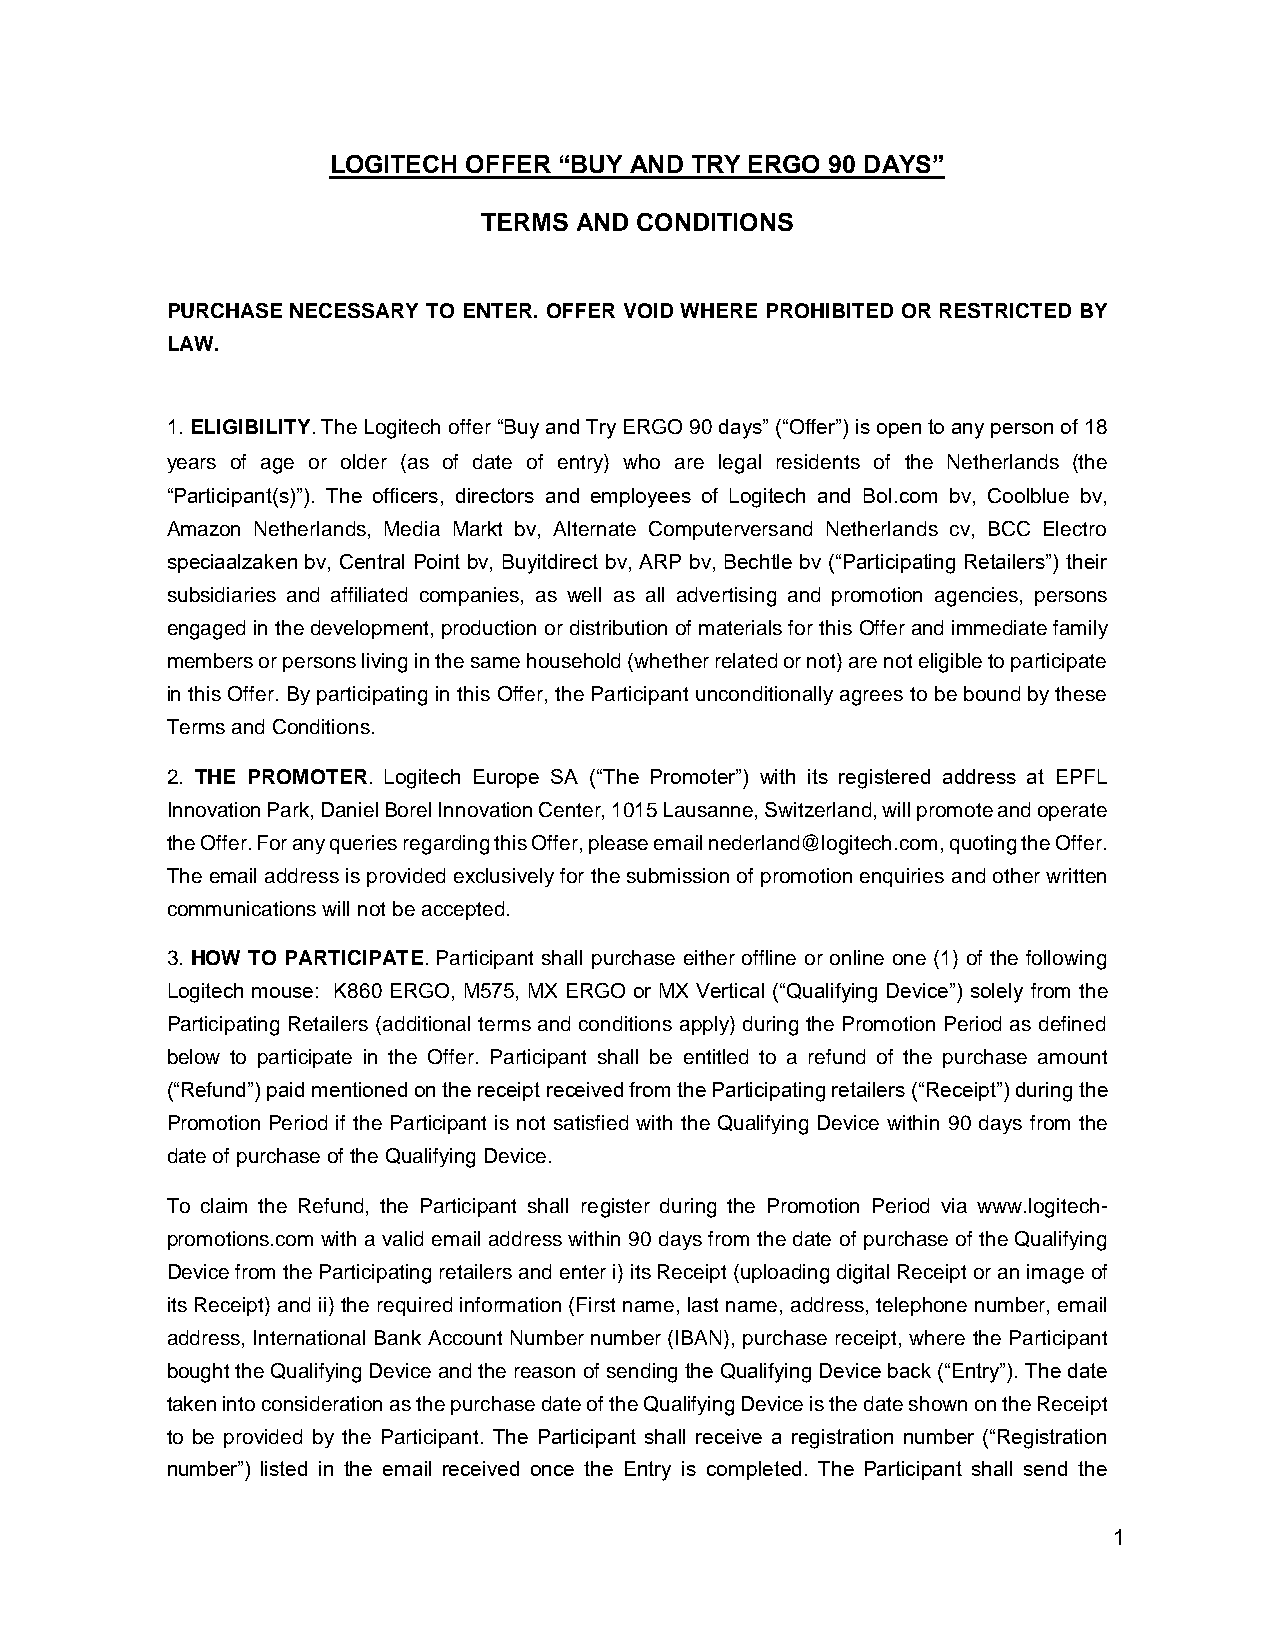
LOGITECH OFFER “BUY AND TRY ERGO 90 DAYS”
 TERMS AND CONDITIONS
 PURCHASE NECESSARY TO ENTER. OFFER VOID WHERE PROHIBITED OR RESTRICTED BY
 LAW.
 1. ELIGIBILITY. The Logitech offer “Buy and Try ERGO 90 days” (“Offer”) is open to any person of 18
 years of age or older (as of date of entry) who are legal residents of the Netherlands (the
 “Participant(s)”). The officers, directors and employees of Logitech and Bol.com bv, Coolblue bv,
 Amazon Netherlands, Media Markt bv, Alternate Computerversand Netherlands cv, BCC Electro
 speciaalzaken bv, Central Point bv, Buyitdirect bv, ARP bv, Bechtle bv (“Participating Retailers”) their
 subsidiaries and affiliated companies, as well as all advertising and promotion agencies, persons
 engaged in the development, production or distribution of materials for this Offer and immediate family
 members or persons living in the same household (whether related or not) are not eligible to participate
 in this Offer. By participating in this Offer, the Participant unconditionally agrees to be bound by these
 Terms and Conditions.
 2. THE PROMOTER. Logitech Europe SA (“The Promoter”) with its registered address at EPFL
 Innovation Park, Daniel Borel Innovation Center, 1015 Lausanne, Switzerland, will promote and operate
 the Offer. For any queries regarding this Offer, please email nederland@logitech.com, quoting the Offer.
 The email address is provided exclusively for the submission of promotion enquiries and other written
 communications will not be accepted.
 3. HOW TO PARTICIPATE. Participant shall purchase either offline or online one (1) of the following
 Logitech mouse: K860 ERGO, M575, MX ERGO or MX Vertical (“Qualifying Device”) solely from the
 Participating Retailers (additional terms and conditions apply) during the Promotion Period as defined
 below to participate in the Offer. Participant shall be entitled to a refund of the purchase amount
 (“Refund”) paid mentioned on the receipt received from the Participating retailers (“Receipt”) during the
 Promotion Period if the Participant is not satisfied with the Qualifying Device within 90 days from the
 date of purchase of the Qualifying Device.
 To claim the Refund, the Participant shall register during the Promotion Period via www.logitech-
 promotions.com with a valid email address within 90 days from the date of purchase of the Qualifying
 Device from the Participating retailers and enter i) its Receipt (uploading digital Receipt or an image of
 its Receipt) and ii) the required information (First name, last name, address, telephone number, email
 address, International Bank Account Number number (IBAN), purchase receipt, where the Participant
 bought the Qualifying Device and the reason of sending the Qualifying Device back (“Entry”). The date
 taken into consideration as the purchase date of the Qualifying Device is the date shown on the Receipt
 to be provided by the Participant. The Participant shall receive a registration number (“Registration
 number”) listed in the email received once the Entry is completed. The Participant shall send the
 1